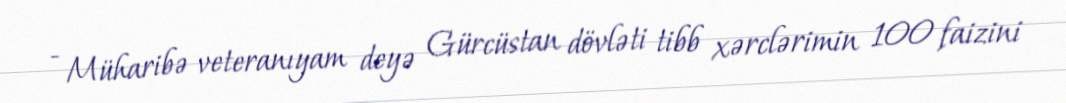
- Müharibə veteranıyam deyə Gürcüstan dövləti tibb xərclərimin 100 faizini